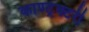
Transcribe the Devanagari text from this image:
काण्ट्रेक्टरी